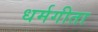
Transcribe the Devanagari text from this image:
धर्मगीता